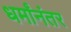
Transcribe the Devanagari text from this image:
धर्मांनंतर